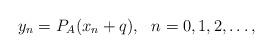
LaTeX: \begin{align*}y_{n}=P_{A}(x_{n}+q), ~~n=0,1,2,\dots, \end{align*}